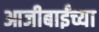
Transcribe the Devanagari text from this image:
आजीबाईंच्या